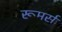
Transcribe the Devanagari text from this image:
रूमर्स